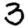
Digit: 3